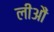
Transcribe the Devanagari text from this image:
लीआैं